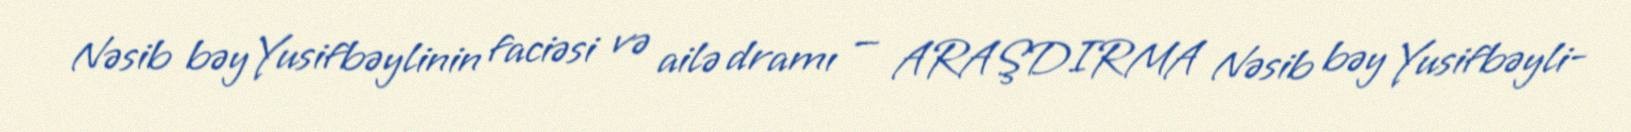
Nəsib bəy Yusifbəylinin faciəsi və ailə dramı — ARAŞDIRMA Nəsib bəy Yusifbəyli-